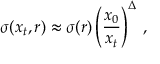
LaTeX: \sigma ( x _ { t } , r ) \approx \sigma ( r ) \left( { \frac { x _ { 0 } } { x _ { t } } } \right) ^ { \Delta } \, ,